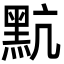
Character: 𪐦